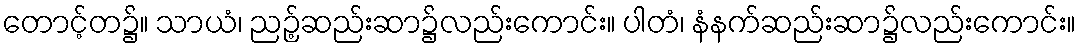
တောင့်တ၌။ သာယံ၊ ညဉ့်ဆည်းဆာ၌လည်းကောင်း။ ပါတံ၊ နံနက်ဆည်းဆာ၌လည်းကောင်း။